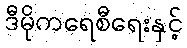
ဒီမိုကရေစီရေးနှင့်